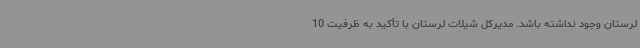
لرستان وجود نداشته باشد. مدیرکل شیلات لرستان با تأکید به ظرفیت 10